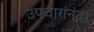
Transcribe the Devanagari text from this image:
उपचारांनंतर